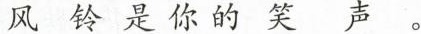
风铃是你的笑声。